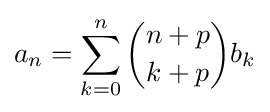
a_{n}=\sum _{k=0}^{n}{\binom {n+p}{k+p}}b_{k}